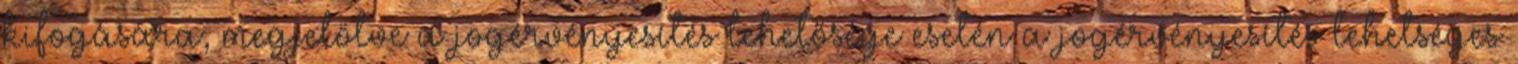
kifogására, megjelölve a jogérvényesítés lehetősége esetén a jogérvényesítés lehetséges